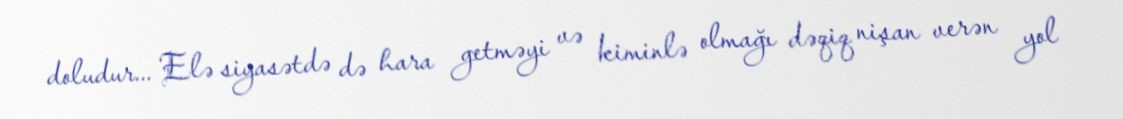
doludur... Elə siyasətdə də hara getməyi və kiminlə olmağı dəqiq nişan verən yol